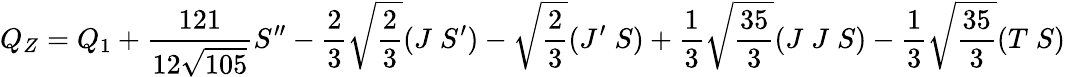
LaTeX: Q_{Z}=Q_{1}+\frac{121}{12\sqrt{105}}S^{\prime\prime}-\frac{2}{3}\sqrt{\frac{2}{3}}(J\; S^{\prime})-\sqrt{\frac{2}{3}}(J^{\prime}\; S)+\frac{1}{3}\sqrt{\frac{35}{3}}(J\; J\; S)-\frac{1}{3}\sqrt{\frac{35}{3}}(T\; S)